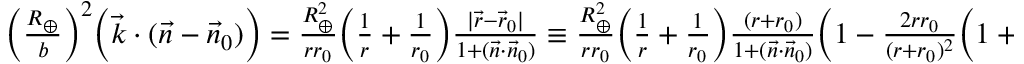
\begin{array} { r } { \Big ( \frac { R _ { \oplus } } { b } \Big ) ^ { 2 } \Big ( { \vec { k } } \cdot ( { \vec { n } } - { \vec { n } } _ { 0 } ) \Big ) = \frac { R _ { \oplus } ^ { 2 } } { r r _ { 0 } } \Big ( \frac { 1 } { r } + \frac { 1 } { r _ { 0 } } \Big ) \frac { | \vec { r } - \vec { r } _ { 0 } | } { 1 + ( \vec { n } \cdot \vec { n } _ { 0 } ) } \equiv \frac { R _ { \oplus } ^ { 2 } } { r r _ { 0 } } \Big ( \frac { 1 } { r } + \frac { 1 } { r _ { 0 } } \Big ) \frac { ( r + r _ { 0 } ) } { 1 + ( \vec { n } \cdot \vec { n } _ { 0 } ) } \Big ( 1 - \frac { 2 r r _ { 0 } } { ( r + r _ { 0 } ) ^ { 2 } } \Big ( 1 + ( \vec { n } \cdot \vec { n } _ { 0 } ) \Big ) \Big ) ^ { \frac { 1 } { 2 } } , ~ ~ } \end{array}